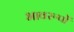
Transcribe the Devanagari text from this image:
भावरूपों